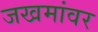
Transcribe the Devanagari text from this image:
जखमांवर